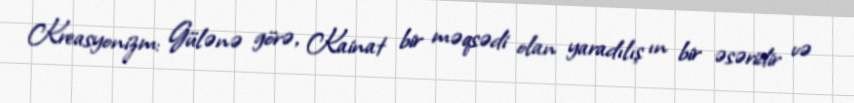
Kreasyonizm: Gülənə görə, Kainat bir məqsədi olan yaradılış ın bir əsəridir və